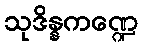
သုဒိန္နကဏ္ဍေ